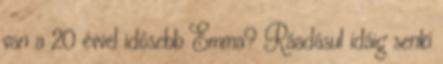
van a 20 évvel idősebb Emma? Ráadásul idáig senki